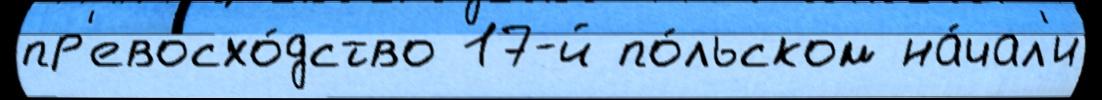
пр'евосхо́дство 17-й по́льском на́чал'и